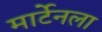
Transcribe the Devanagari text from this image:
मार्टेनला